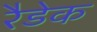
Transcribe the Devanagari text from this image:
रैडेक